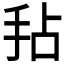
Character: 𫼜